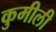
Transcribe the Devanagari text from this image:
कुमीली